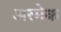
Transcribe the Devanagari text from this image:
अरमेक